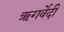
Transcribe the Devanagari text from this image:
ऋगर्वेदी